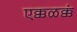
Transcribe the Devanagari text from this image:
एक्कळक्कं